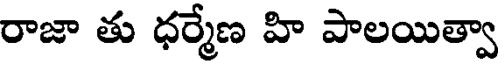
రాజా తు ధర్మేణ హి పాలయిత్వా